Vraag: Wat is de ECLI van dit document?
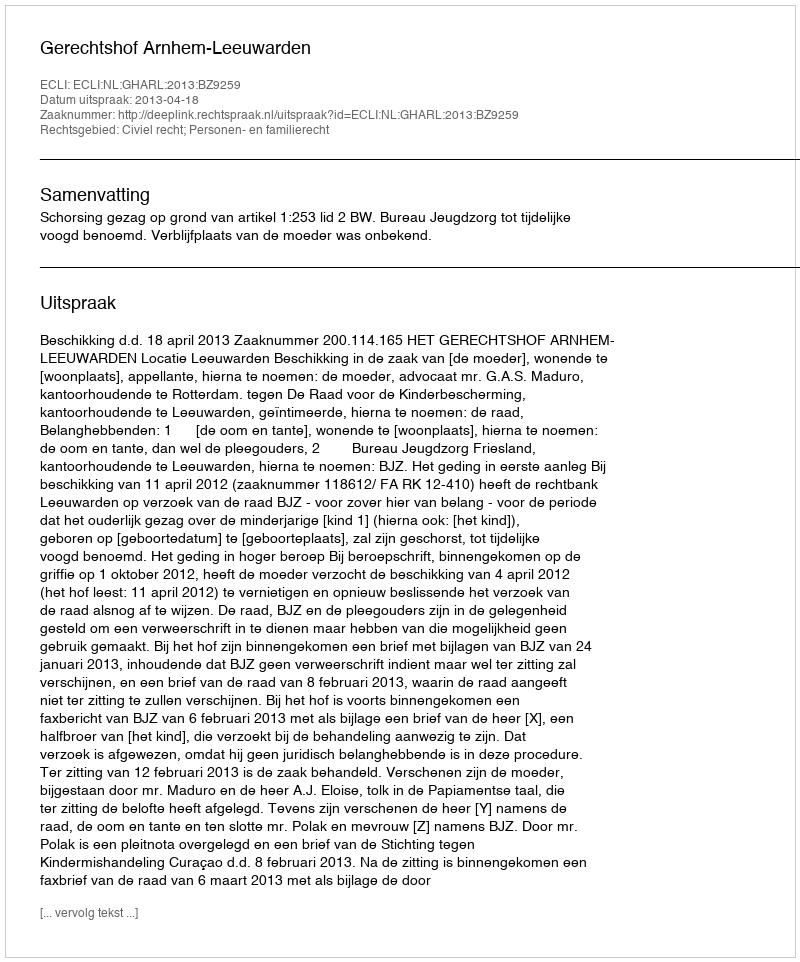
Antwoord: ECLI:NL:GHARL:2013:BZ9259